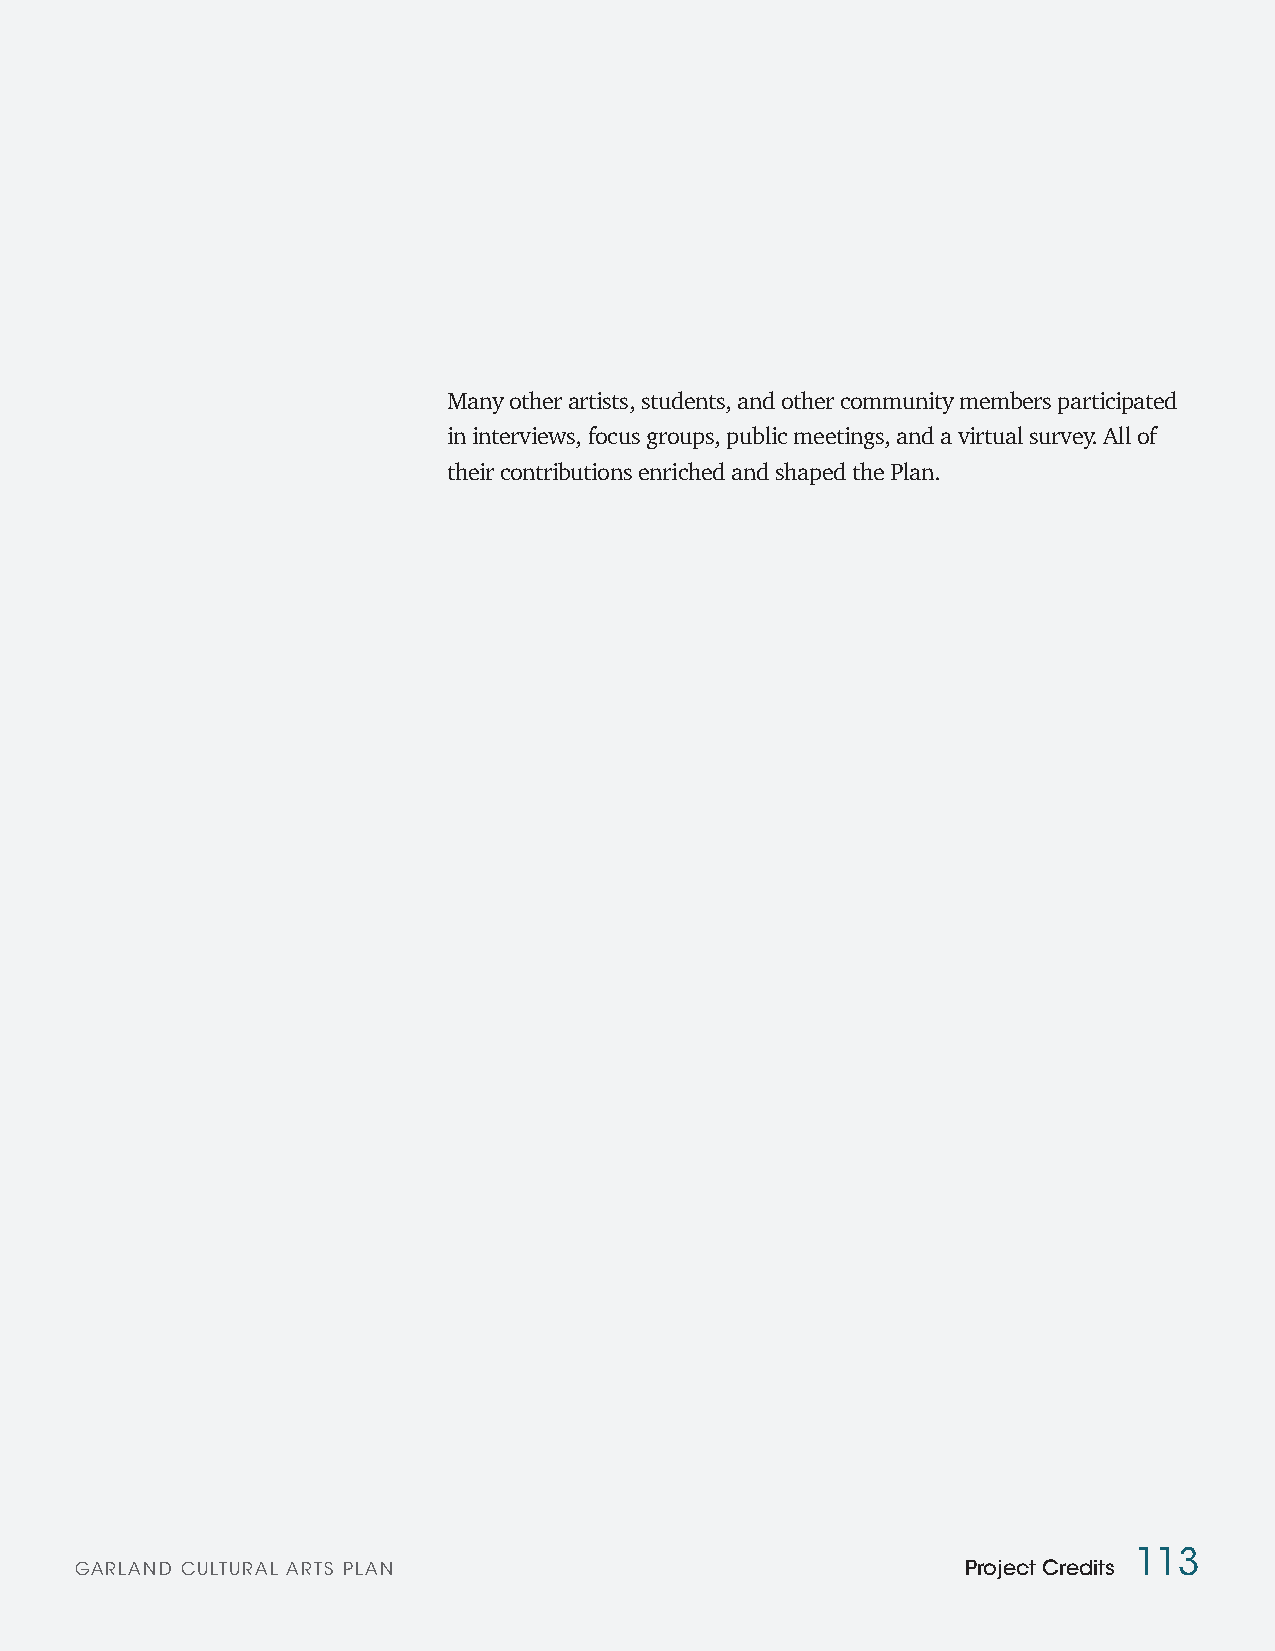
Many other artists, students, and other community members participated
 in interviews, focus groups, public meetings, and a virtual survey. All of
 their contributions enriched and shaped the Plan.
 113
 GARLAND CULTURAL ARTS PLAN                                 Project Credits